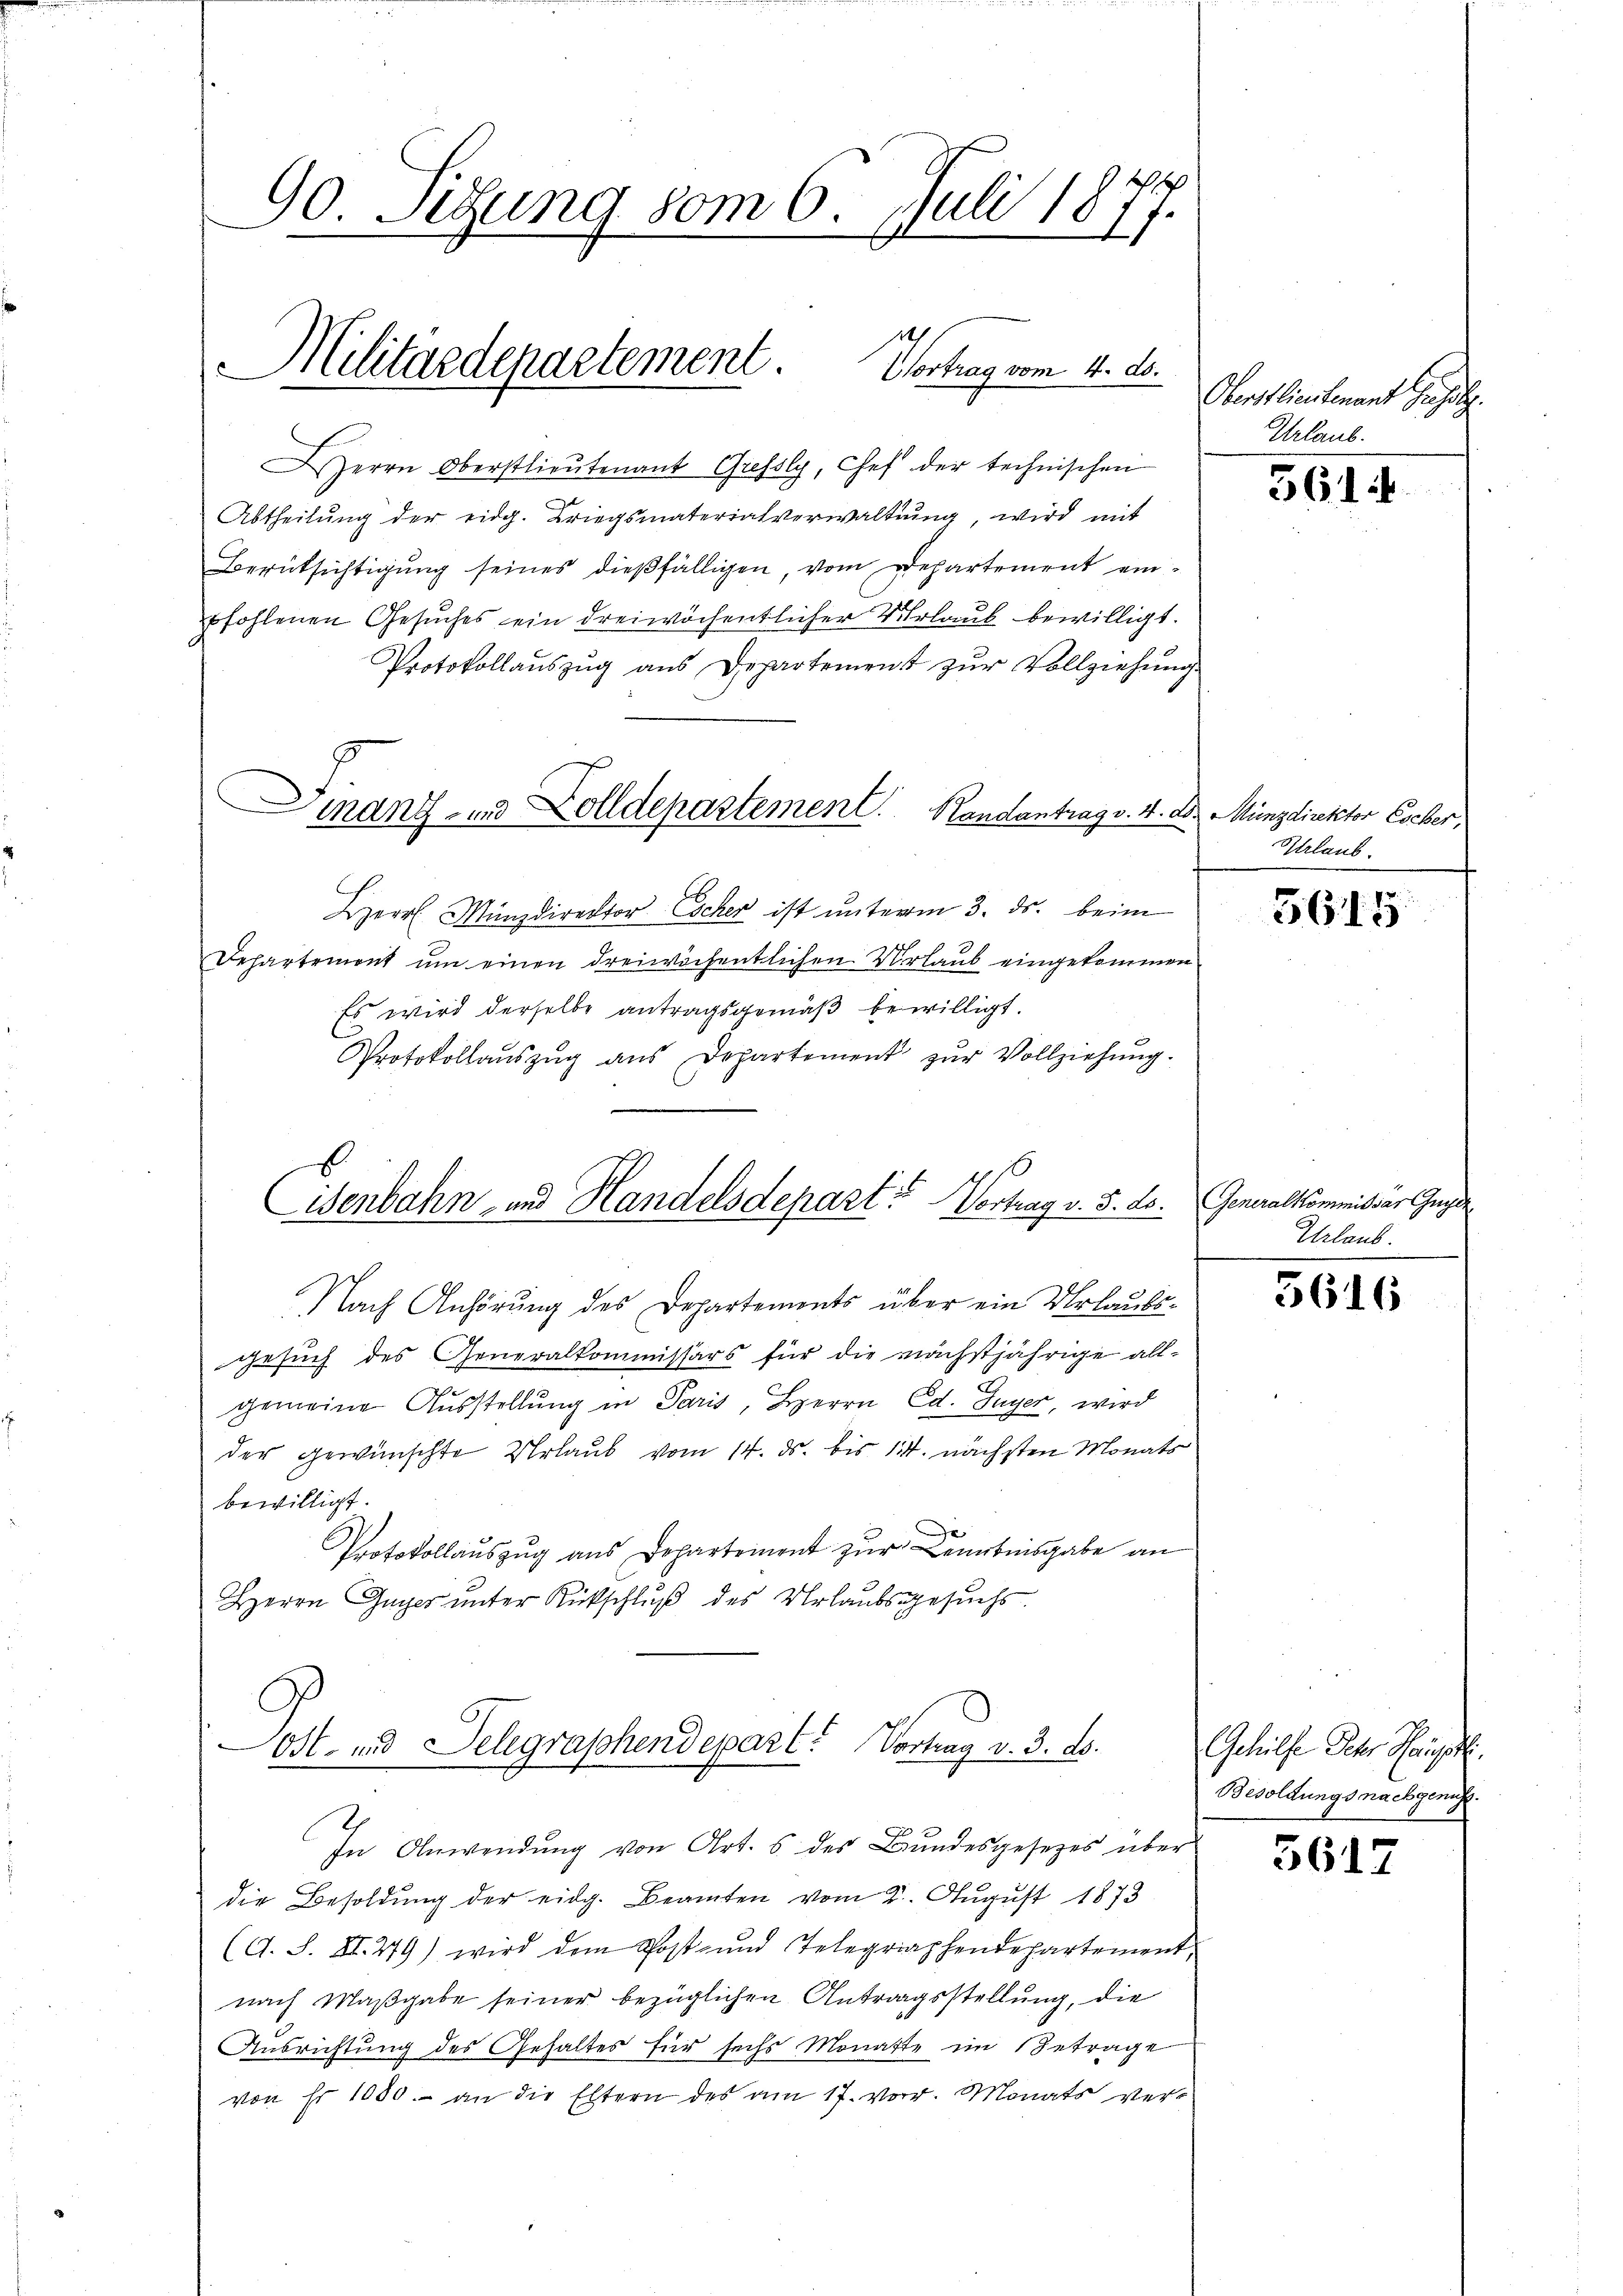
90. Sedung vom 6. Juli 1877.

Militärdepartement Vortrag vom 4. ds.
1
"

mant- und Zolldepartement. Randantrag v. 4. D. Münzdirektor Escher,

Herrn Oberstlieutenant Grefsly, Chef der technischen
Abtheilung der eidg. Kriegsmaterialverwaltung, wird mit
Berüksichtigung seines dießfälligen, vom Departement einpfohlenen Gesuches ein dreiwöchentlicher Urlaub bewilligt.
Protokollauszug aus Departement zur Vollziehung.
Herr Münzdirektor Escher ist unterm 3. ds. beim
Dehartement um einen dreiwöchentlichen Verlaub eingekommen
Es wird derselbe antragsgemäß bewilligt.
Protokollaŭszŭg aŭs Departement zŭr Vollziehŭng.
Eisenbahn- und Handelsdepart? Vortrag v. 5. ds.
Nach Anhörung des Departements über ein Urlaubs-
gesuch des Generalkommissärs für die nächstjährige allgemeine Ausstellung in Paris, Herrn Ed. Guyer, wird
der gewünschte Urlaub vom 14. ds. bis 134. nächsten Monats
bewilligt.
Protokollauszug aus Departement zur Kenntnisgabe an
Herrn Guyes unter Rückschluß des Urlaubsgesuchs

Ost- und Selegraphendepart. Vortrag v. 3. ds.
x
In Anwendung von Art. 5 des Bundesgesetzes über

die Besoldung der eidg. Beamten vom 2. August 1873
(G. S. XI. 279) wird dem Post- und Telegraphendepartement.
nach Maßgabe seiner bezüglichen Antragsstellung, die
Ausrichtung des Gehaltes für sechs Monatte im Betrage
von Fr. 1000. an die Eltern des am 17. vor. Monats ver¬

Oberstlieutenant Gefolg.
Urlaub.

3614

Urlaub.

5615

Generalkommissar Gugge
Urlaub.

5616

Gehülfe sehr Haupt
Besoldungs nachgenug.

3617